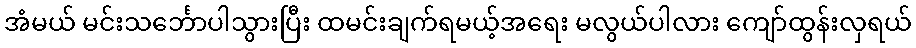
အံမယ် မင်းသင်္ဘောပါသွားပြီး ထမင်းချက်ရမယ့်အရေး မလွယ်ပါလား ကျော်ထွန်းလှရယ်